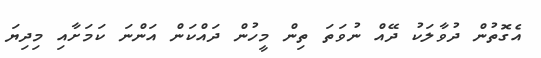
އެގޮތުން ދުވާލަކު ދޭއް ނުވަތަ ތިން މީހުން ދައްކަން އަންނަ ކަމަށާއި މިދިޔަ